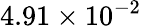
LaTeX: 4.91\times 10^{-2}